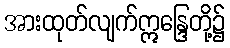
အားထုတ်လျက်ဣန္ဒြေတို့၌